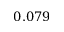
0 . 0 7 9